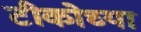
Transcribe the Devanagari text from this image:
टीकोच्या